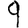
Digit: 9